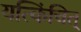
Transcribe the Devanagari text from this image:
यत्किंचित्‌